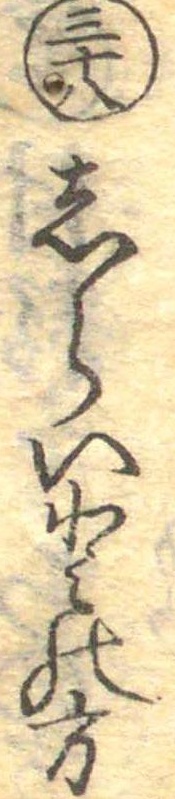
三十八しらいとの方